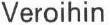
Veroihin